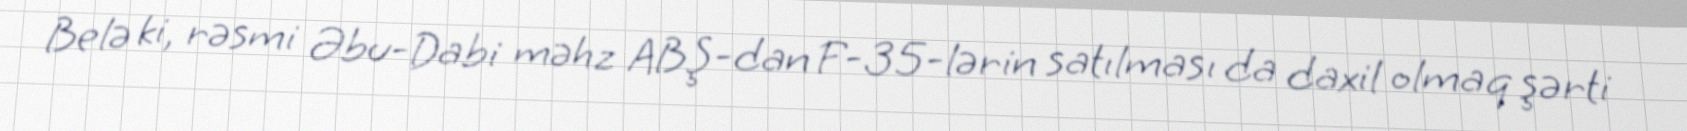
Belə ki, rəsmi Əbu-Dabi məhz ABŞ-dan F-35-lərin satılması da daxil olmaq şərti